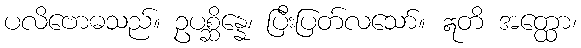
ပလိဗောဓသည်။ ဥပစ္ဆိန္နေ၊ ပြီးပြတ်လသော်။ ဣတိ အတ္ထော၊